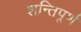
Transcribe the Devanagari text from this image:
शन्तिपूर्ण